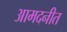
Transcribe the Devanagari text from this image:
आमदनीत